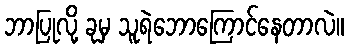
ဘာပြုလို့ ခုမှ သူရဲဘောကြောင်နေတာလဲ။